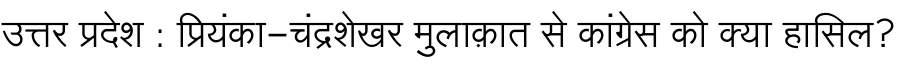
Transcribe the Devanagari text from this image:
उत्तर प्रदेश : प्रियंका-चंद्रशेखर मुलाक़ात से कांग्रेस को क्या हासिल?